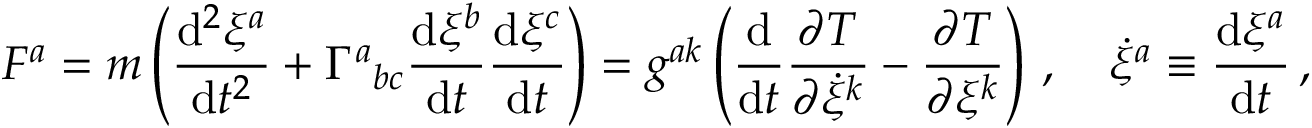
F ^ { a } = m \left( { \frac { \mathrm { d } ^ { 2 } \xi ^ { a } } { \mathrm { d } t ^ { 2 } } } + \Gamma ^ { a } { } _ { b c } { \frac { \mathrm { d } \xi ^ { b } } { \mathrm { d } t } } { \frac { \mathrm { d } \xi ^ { c } } { \mathrm { d } t } } \right) = g ^ { a k } \left( { \frac { \mathrm { d } } { \mathrm { d } t } } { \frac { \partial T } { \partial { \dot { \xi } } ^ { k } } } - { \frac { \partial T } { \partial \xi ^ { k } } } \right) \, , \quad { \dot { \xi } } ^ { a } \equiv { \frac { \mathrm { d } \xi ^ { a } } { \mathrm { d } t } } \, ,